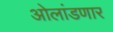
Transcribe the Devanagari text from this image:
ओलांडणार